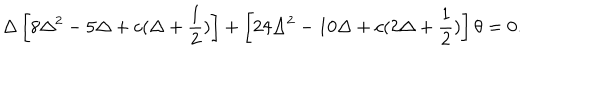
LaTeX: \Delta \left[ 8 \Delta ^ { 2 } - 5 \Delta + c ( \Delta + \frac { 1 } { 2 } ) \right] + \left[ 2 4 \Delta ^ { 2 } - 1 0 \Delta + c ( 2 \Delta + \frac { 1 } { 2 } ) \right] \theta = 0 .